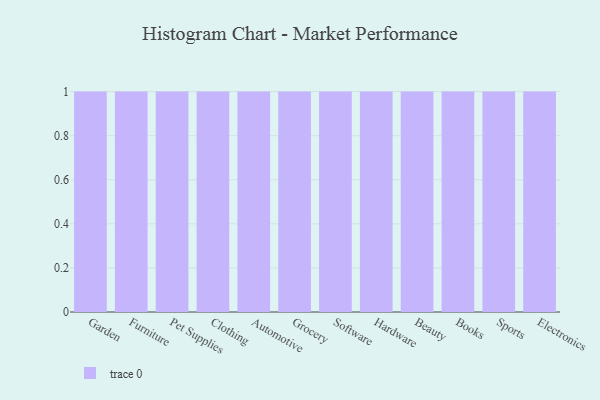
{"axis": {"x": "Category", "y": "Inventory Turnover"}, "legend": [""], "data": [{"x": "Garden", "y": 48, "type": ""}, {"x": "Furniture", "y": 61, "type": ""}, {"x": "Pet Supplies", "y": 69, "type": ""}, {"x": "Clothing", "y": 70, "type": ""}, {"x": "Automotive", "y": 3, "type": ""}, {"x": "Grocery", "y": 43, "type": ""}, {"x": "Software", "y": 4, "type": ""}, {"x": "Hardware", "y": 32, "type": ""}, {"x": "Beauty", "y": 22, "type": ""}, {"x": "Books", "y": 17, "type": ""}, {"x": "Sports", "y": 84, "type": ""}, {"x": "Electronics", "y": 51, "type": ""}]}